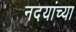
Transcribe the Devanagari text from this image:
नदयांच्या